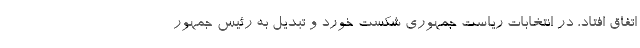
اتفاق افتاد، در انتخابات ریاست جمهوری شکست خورد و تبدیل به رئیس جمهور